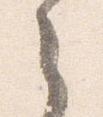
之